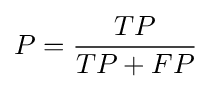
P={\frac {TP}{TP+FP}}